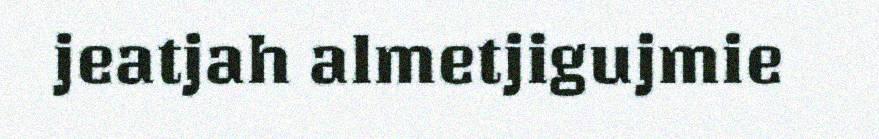
jeatjah almetjigujmie